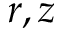
r , z